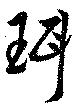
珥